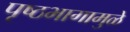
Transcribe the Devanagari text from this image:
पृष्ठभागामुळे